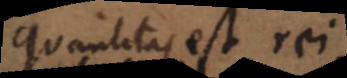
Quantitas est rei